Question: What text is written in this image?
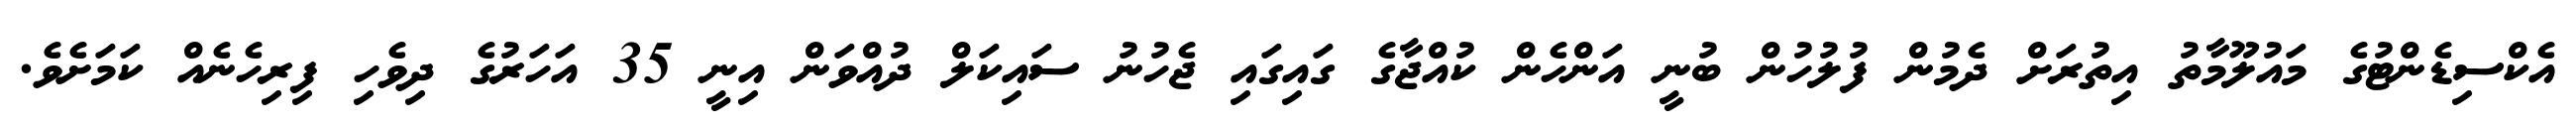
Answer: އެކްސިޑެންޓުގެ މައުލޫމާތު އިތުރަށް ދެމުން ފުލުހުން ބުނީ އަންހެން ކުއްޖާގެ ގައިގައި ޖެހުނު ސައިކަލް ދުއްވަން އިނީ 35 އަހަރުގެ ދިވެހި ފިރިހެނެއް ކަމަށެވެ.